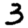
Digit: 3